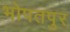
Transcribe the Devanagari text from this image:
भोपतपुर